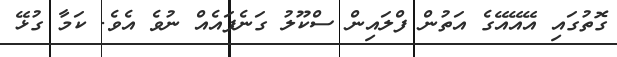
ގޮތުގައި އޭއޭއޭގެ އަތުން ފްލައިން ސްކޫލު ގަނެފައެއް ނުވެ އެވެ. ކަމާ ގުޅޭ